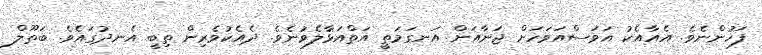
ފަހުންނެވެ. އެއާއެކު އަވަަސްއަވަހަށް ޖަނާއަށް އަނގަމަތީ އަތްއަޅާލެވުނެވެ. ދެއެކުވެރިން ތިބީ އެނދުގައެވެ. ބަތޫލް